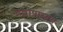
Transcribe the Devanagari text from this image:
चट्टोपाध्यय